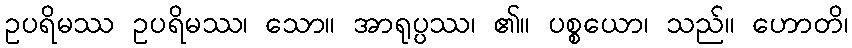
ဥပရိမဿ ဥပရိမဿ၊ သော။ အာရုပ္ပဿ၊ ၏။ ပစ္စယော၊ သည်။ ဟောတိ၊